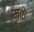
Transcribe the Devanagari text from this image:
मके